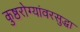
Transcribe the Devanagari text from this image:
कुष्ठरोग्यांवरसुद्धा